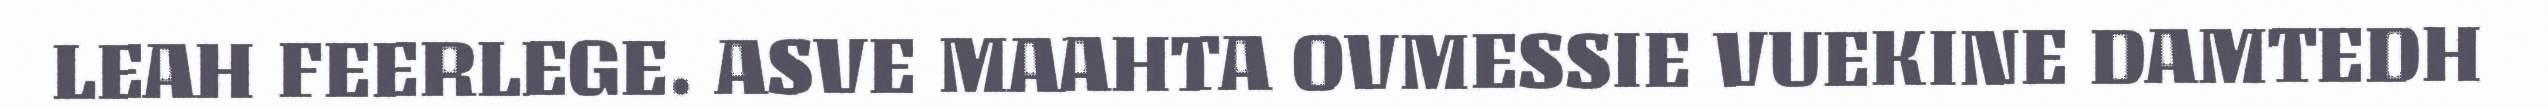
LEAH FEERLEGE. ASVE MAAHTA OVMESSIE VUEKINE DAMTEDH